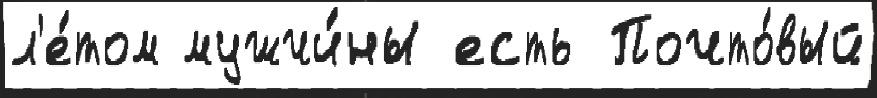
л'е́том мужчи́ны есть Почто́вый